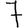
Digit: 7